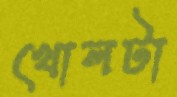
খোলটা